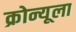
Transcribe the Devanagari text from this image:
क्रोन्यूला